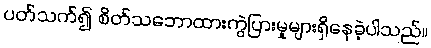
ပတ်သက်၍ စိတ်သဘောထားကွဲပြားမှုများရှိနေခဲ့ပါသည်။